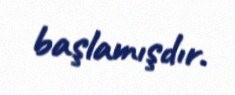
başlamışdır.